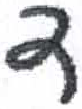
אות: ד